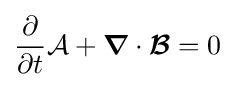
{\frac {\partial }{\partial t}}{\mathcal {A}}+{\boldsymbol {\nabla }}\cdot {\boldsymbol {\mathcal {B}}}=0